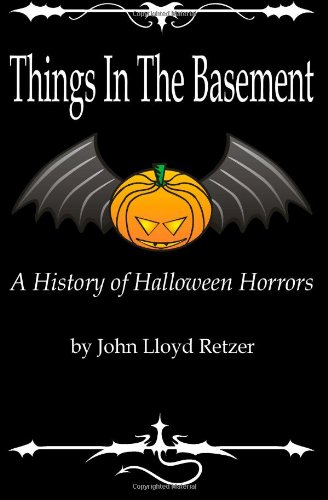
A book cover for Things In The Basement: A History Of Halloween Horrors; John Lloyd Retzer; Politics & Social Sciences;